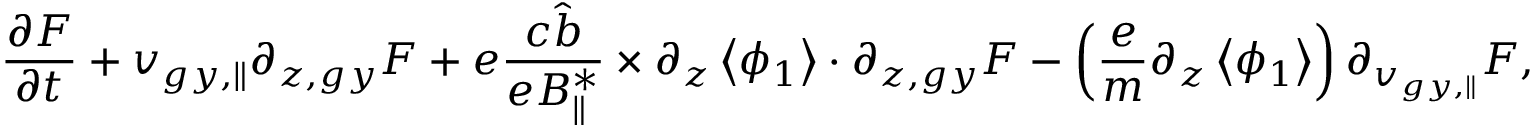
\frac { \partial F } { \partial t } + { v } _ { g y , \parallel } \partial _ { z , g y } F + e \frac { c \hat { b } } { e B _ { \parallel } ^ { * } } \times \partial _ { z } \left< \phi _ { 1 } \right> \boldsymbol { \cdot } \partial _ { z , g y } F - \left( \frac { e } { m } \partial _ { z } \left< \phi _ { 1 } \right> \right) \partial _ { v _ { g y , \parallel } } F ,